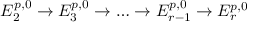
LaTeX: E _ { 2 } ^ { p , 0 } \to E _ { 3 } ^ { p , 0 } \to \dots \to E _ { r - 1 } ^ { p , 0 } \to E _ { r } ^ { p , 0 }